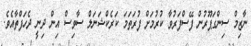
ނާޒިމް ސިންގަޕޫރުން ފޭސްފަރުވާ ކުރުމަށް ފުރަތަމަ ކަރެކްޝަނަލް ސާވިސް އިން ދިނީ ދެހަފްތާއެވެ.